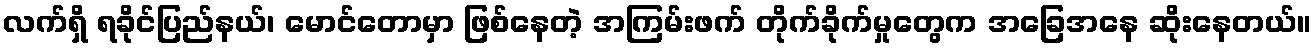
လက်ရှိ ရခိုင်ပြည်နယ်၊ မောင်တောမှာ ဖြစ်နေတဲ့ အကြမ်းဖက် တိုက်ခိုက်မှုတွေက အခြေအနေ ဆိုးနေတယ်။